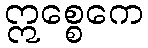
ဣစ္စေကေ